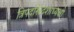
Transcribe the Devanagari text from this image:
त्रिपदस्त्रिदशाध्यक्षो